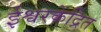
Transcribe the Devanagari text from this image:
ईश्वरकेंद्रित